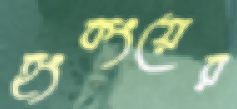
হংকংয়ের